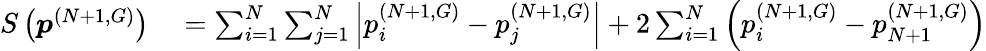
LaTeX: \begin{array}{rl}{S\left(\boldsymbol{p}^{(N+1,G)}\right)}&{{}=\sum_{i=1}^{N}\sum_{j=1}^{N}\left|p_{i}^{(N+1,G)}-p_{j}^{(N+1,G)}\right|+2\sum_{i=1}^{N}\left(p_{i}^{(N+1,G)}-p_{N+1}^{(N+1,G)}\right)}\end{array}